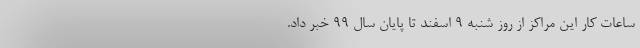
ساعات کار این مراکز از روز شنبه ۹ اسفند تا پایان سال ۹۹ خبر داد.